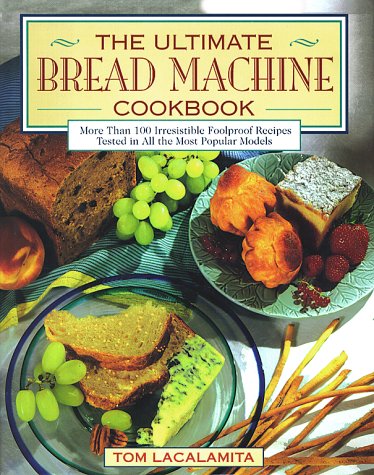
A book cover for Ultimate Bread Machine Cookbook; Tom Lacalamita; Cookbooks, Food & Wine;